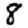
Digit: 8